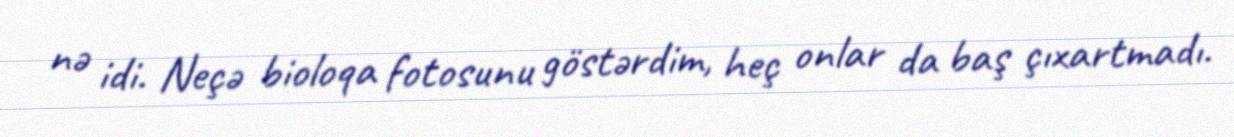
nə idi. Neçə bioloqa fotosunu göstərdim, heç onlar da baş çıxartmadı.